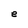
Character: e